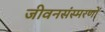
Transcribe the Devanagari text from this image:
जीवनसंस्मरणों